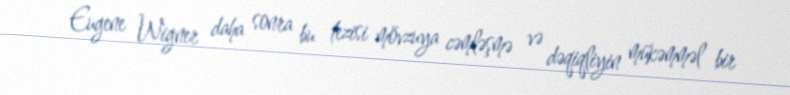
Eugene Wigner daha sonra bu tezisi mövzuya cəmləşmə və dəqiqliyin mükəmməl bir